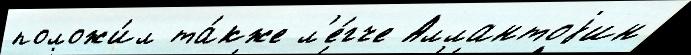
положи́л та́кже л'е́гче Аллантоjин